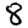
Digit: 8